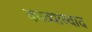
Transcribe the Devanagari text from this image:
काव्यास्वाद